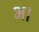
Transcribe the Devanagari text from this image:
अ।